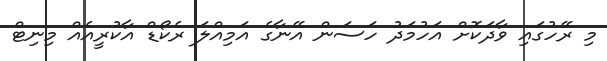
މި ރޭހުގައި ވާދަކޮށް އަހުމަދު ހަސަން އޭނާގެ އަމިއްލަ ރެކޯޑް އާކުރީއެއް މިނިޓް